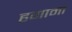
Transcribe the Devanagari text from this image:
हगामा